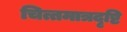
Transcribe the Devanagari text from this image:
चित्तमात्रदृष्टि